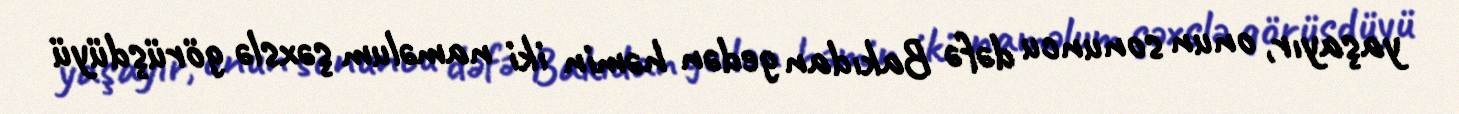
yaşayır, onun sonuncu dəfə Bakıdan gedən həmin iki naməlum şəxslə görüşdüyü